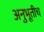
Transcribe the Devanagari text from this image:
अनुभूतीच